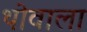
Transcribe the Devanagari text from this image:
थोवाला